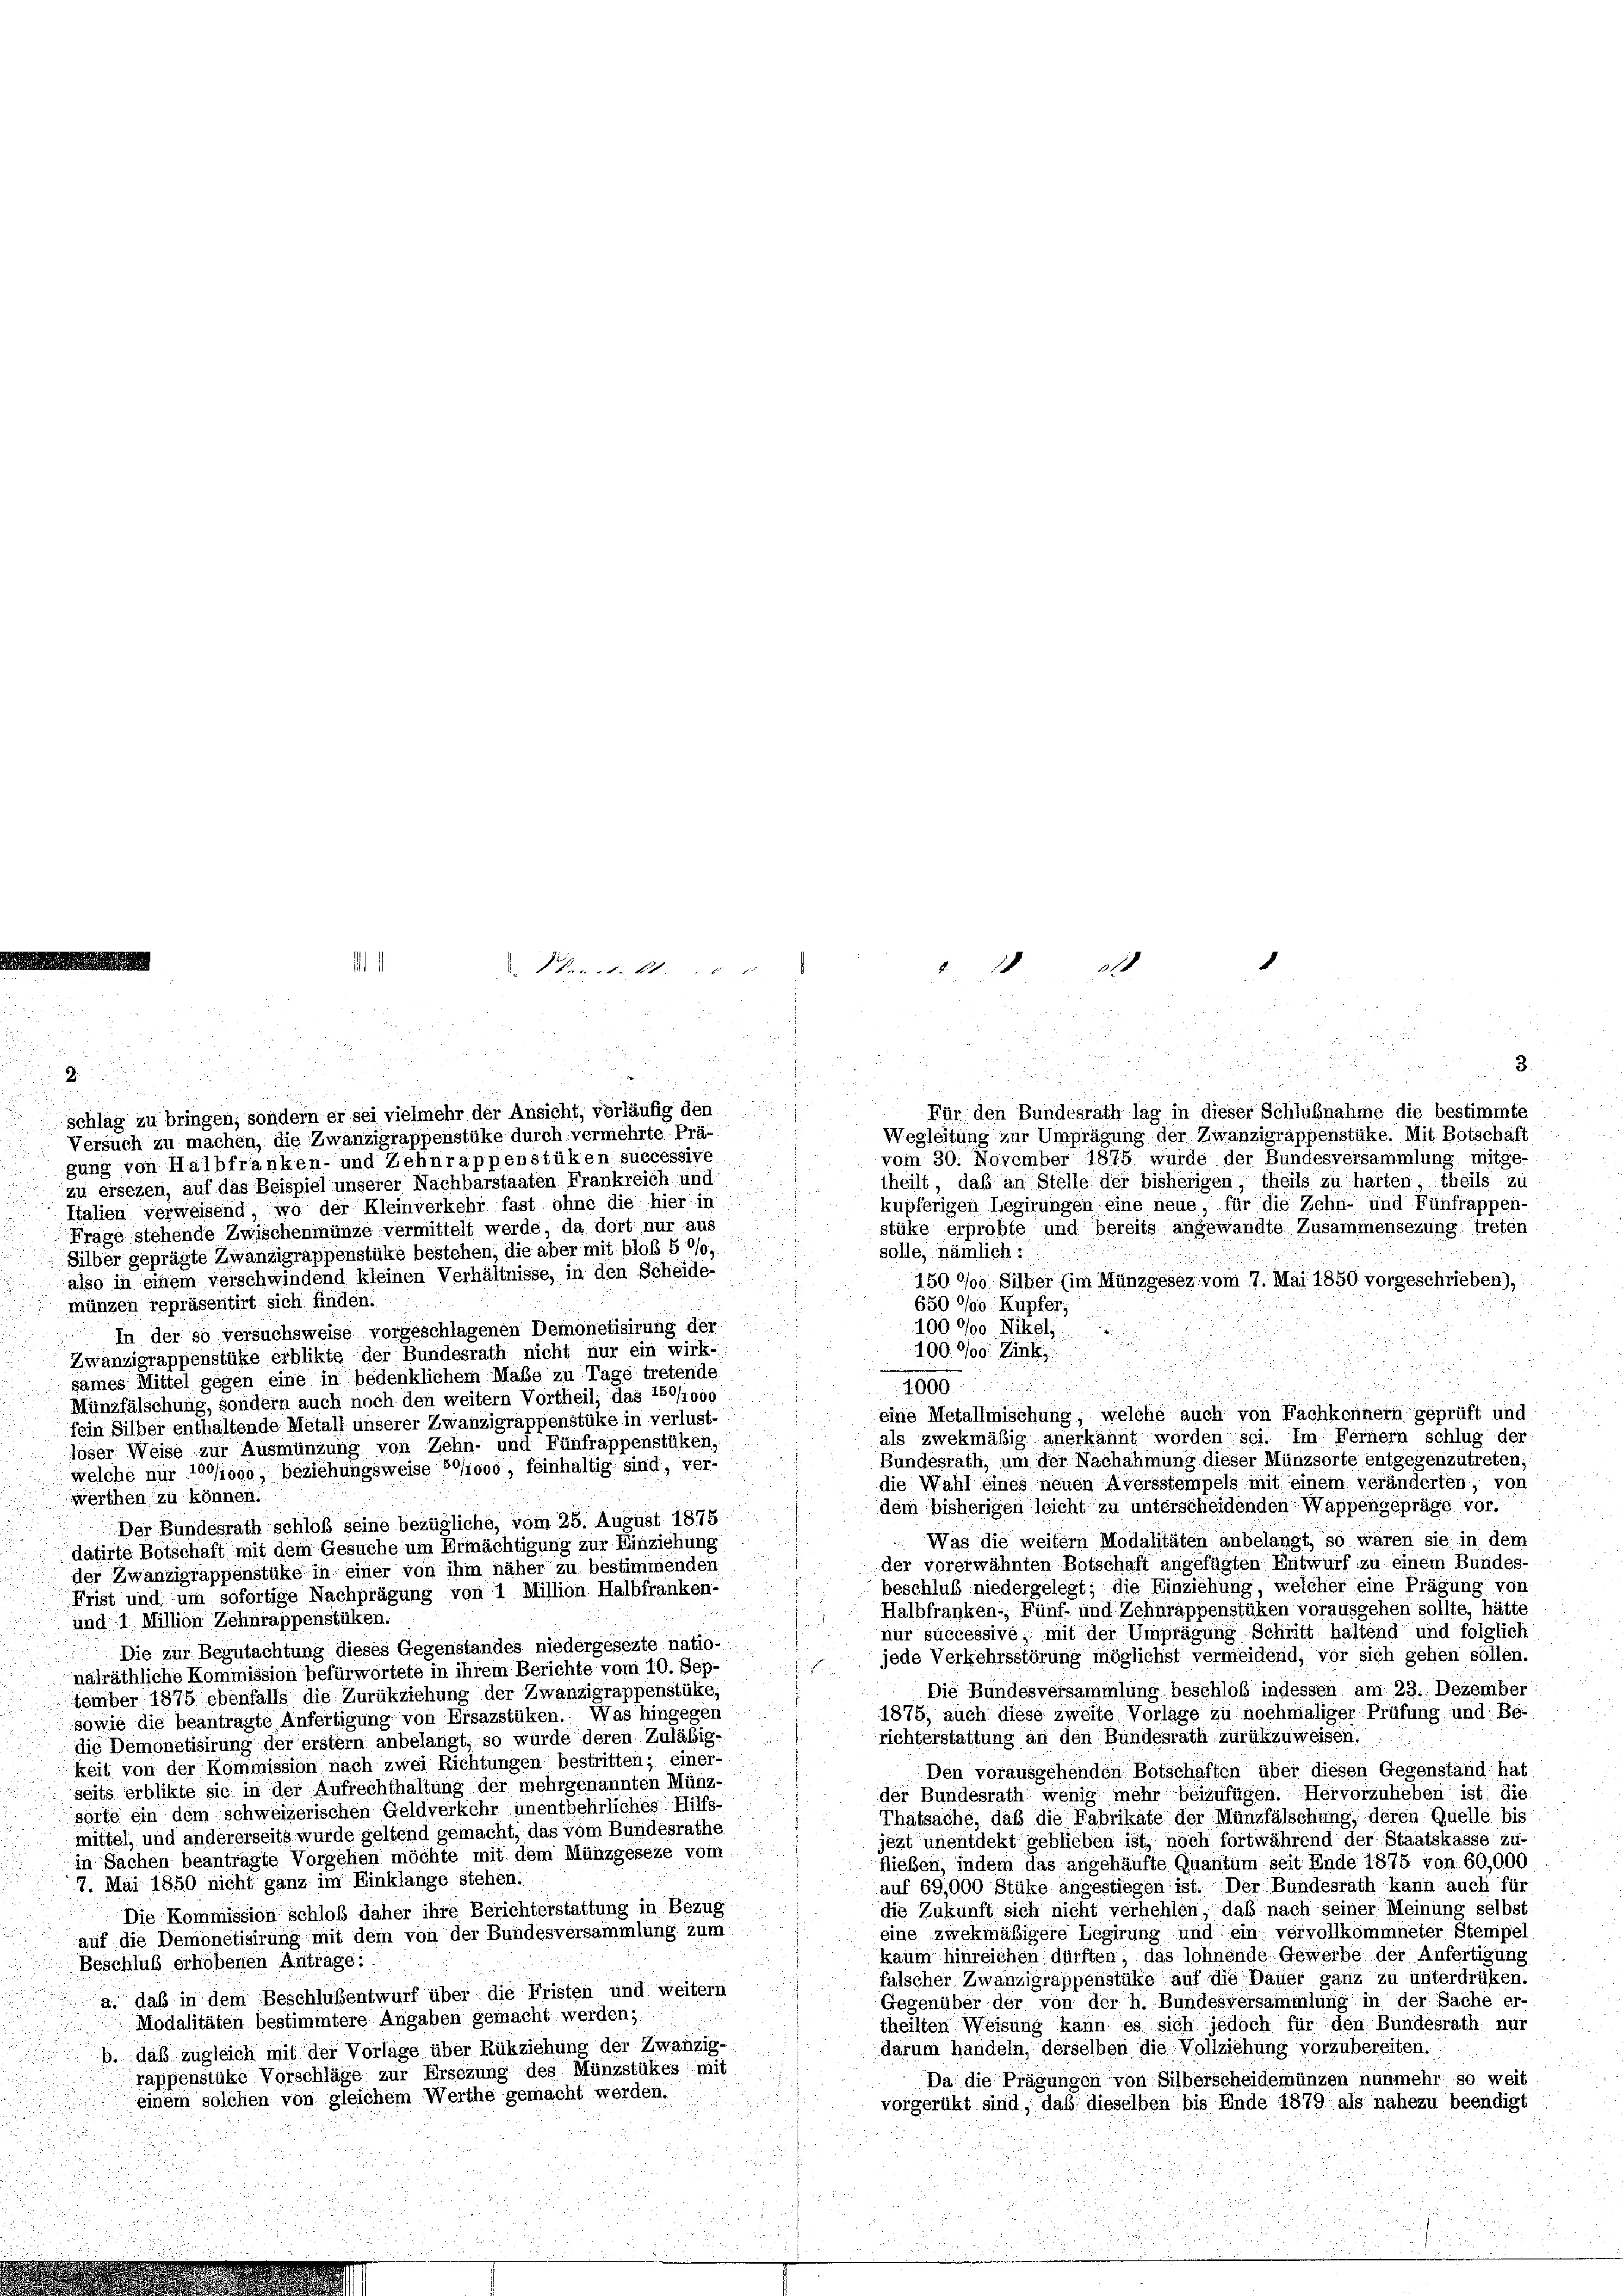
2

5
un

Für den Bundesrath lag in dieser Schlußnahme die bestimmte
Wegleitung zur Umprägung der Zwanzigrappenstüke. Mit Botschaft
Versuch zu machen, die Zwanzigrappenstüke durch vermehrte Prä-
vom 30. November 1875 wurde der Bundesversammlung mitge-
gung von Halbfranken- und Zehnrappenstüken successive
u
d
theilt, daß an Stelle der bisherigen, theils zu harten, theils zu
zu ersehen, auf das Beispiel unserer Nachbarstaaten Frankreich und

kupferigen Beginingen eine neue, für die Zehn- und Fünfrappen-
Italien verweisend, wo der Kleinverkehr fast ohne die hier in
stüke erprobte und bereits angewandte Zusammensezung treten
Frage stehende Zwischenmünze vermittelt werde, da dort nur aus
solle, nämlich:
Silber geprägte Zwanzigrappenstüke bestehen, die aber mit bloß 5 °/o,
also in einem verschwindend kleinen Verhältnisse, in den Scheide-
150°/0 Silber (im Münzgesez vom 7. Mai 1850 vorgeschrieben),
münzen repräsentirt sich finden.
6507/90 Kupfer,
100 0/00 Nikel,
In der so versuchsweise vorgeschlagenen Demonetisirung der
10000 Zinkr
Zwanzigrappenstüke erblikte der Bundesrath nicht nur ein wirk-
d
2
sames Mittel gegen eine in bedenklichem Maße zu Tage tretende
.

4000.
Münzfälschung, sondern auch noch den weitern Vortheil, das 150/1000
eine Metallmischung, welche auch von Fachkennern geprüft und
fein Silber enthaltende Metall unserer Zwanzigrappenstüke in verlust-
als zwekmäßig anerkannt worden sei. Im Ferner schlug der
loser Weise zur Ausmüngung von Zehn- und Fünfrappenstüken,
Bundesrath, um der Nachahmung dieser Münzsorte entgegenzutreten,
welche nur 100000, beziehungsweise 80000, feinhaltig sind, ver-
die Wahl eines neuen Aversstempels mit einem veränderten, von
werthen zu können.
dem bisherigen leicht zu unterscheidenden Wappengepräge vor.
Der Bundesrath schloß seine bezügliche, vom 25. August 1875
Was die weitern Modalitäten anbelangt, so wären sie in dem
datirte Botschaft mit dem Gesuche um Ermächtigung zur Einziehung
der vorerwähnten Botschaft angefügten Entwurf zu einem Bundes-
der Zwanzigrappenstüke in einer von ihm näher zu bestimmenden
beschluß niedergelegt; die Einziehung, welcher eine Prägung von
Frist und um sofortige Nachprägung von 1 Million Halbfranken-
Halbfranken-, Fünf- und Zehnrappenstüken vorausgehen sollte, hätte
und 1 Million Zehnrappenstüken.
s
nur successive; mit der Umprägung Schritt haltend und folglich
.
u
Die zur Begutachtung dieses Gegenstandes niedergesezte natio-
jede Verkehrsstörung möglichst vermeidend, vor sich gehen sollen.
u
nälräthliche Kommission befürwortete in ihrem Berichte vom 10. Sep.
Die Bundesversammlung beschloß indessen am 23. Dezember
tember 1875 ebenfalls die Zurückziehung der Zwanzigrappenstüke,
1875, auch diese zweite Vorlage zu nochmaliger Prüfung und Be-
sowie die beantragte Anfertigung von Ersazstüken. Was hingegen
richterstattung an den Bundesrath zurükzuweisen.
die Demonetisirung der erstem anbelangt, so wurde deren Zuläßigkeit von der Kommission nach zwei Richtungen bestritten; einer-
Den vorausgehenden Botschäften über diesen Gegenstand hat
seits erblikte sie in der Aufrechthaltung der mehrgenannten Münd-
der Bundesrath wenig mehr beizufügen. Hervorzuheben ist die
sorte ein dem schweizerischen Geldverkehr unentbehrliches Hilfs-
Thatsache, daß die Fabrikate der Münzfälschung, deren Quelle bis
mittel, und andererseits wurde geltend gemacht, das vom Bundesrathe
jezt unentdekt geblieben ist, noch fortwährend der Staatskasse zu-
in Sachen beanträgte Vorgehen möchte mit dem Münzgeseze vom
flieben, indem das angehäufte Quantum seit Ende 1875 von 60,000
u
7. Mai 1850 nicht ganz im Einklange stehen.
auf 69,000 Stüke angestiegen ist. Der Bundesrath kann auch für
die Zukunft sich nicht verhehlen, daß nach seiner Meinung selbst
Die Kommission schloß daher ihre Berichterstattung in Bezug
eine zwekmäßigere Legirung und ein vervollkommneter Stenipel
auf die Demonetisirung mit dem von der Bundesversammlung zum
kaum hinreichen dürften, das lohnende Gewerbe der Anfertigung
Beschluß erhobenen Antrage:
falscher Zwanzigrappenstüke auf die Dauer ganz zu unterdrüken.
a. daß in dem Beschlüssentwurf über die Fristen und weitern
Gegenüber der von der h. Bundesversammlung in der Sache er-
Modalitäten bestimmtere Angaben gemacht werden;
theilten Weisung kann es sich jedoch für den Bundesrath nur
darum handeln, derselben die Vollziehung vorzubereiten.
b. daß zugleich mit der Vorlage über Rükziehung der Zwanzig-
rappenstüke Vorschläge zur Ersezung des Münzstükes mit
Da die Prägungen von Silberscheidemünzen nunmehr so weit
einem solchen von gleichem Werthe gemacht werden.
vorgerükt sind, daß dieselben bis Ende 1879 als nahezu beendigt

kannte lt.

schlag zu bringen, sondern er sei vielmehr der Ansicht, vorläufig den

"18 318

.
d

3.